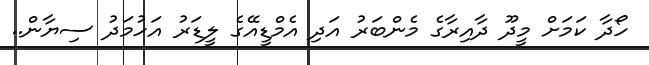
ހޯދާ ކަމަށް މީދޫ ދާއިރާގެ މެންބަރު އަދި އެމްޑީއޭގެ ލީޑަރު އަހުމަދު ސިޔާން..